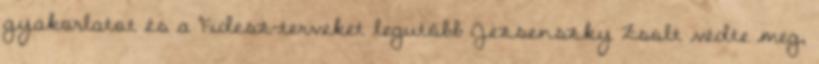
gyakorlatot és a Fidesz-terveket legutóbb Jezsenszky Zsolt védte meg,